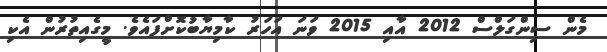
މެން ސިންގަލްސް 2012 އާއި 2015 ވަނަ އަހަރު ކާމިޔާބުކޮށްފައެވެ. މީގެއިތުރުން އެކި